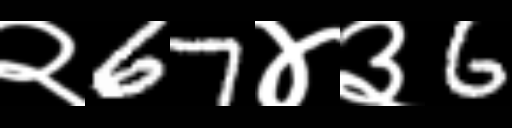
Text: २67४३6